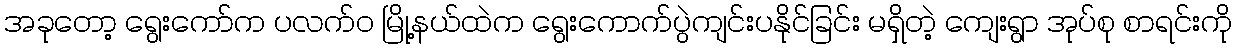
အခုတော့ ရွေးကော်က ပလက်၀ မြို့နယ်ထဲက ရွေးကောက်ပွဲကျင်းပနိုင်ခြင်း မရှိတဲ့ ကျေးရွာ အုပ်စု စာရင်းကို